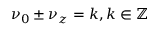
\nu _ { 0 } \pm \nu _ { z } = k , k \in \mathbb { Z }